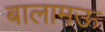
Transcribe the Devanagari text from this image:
बालामऊ